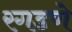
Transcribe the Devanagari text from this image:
रगडणे